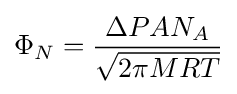
\Phi _{N}={\frac {\Delta PAN_{A}}{\sqrt {2\pi MRT}}}